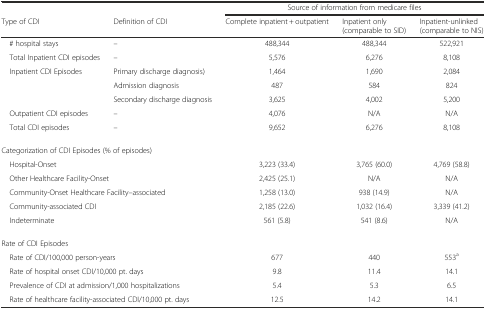
|  |  | <COLSPAN=3> Source of information from medicare files |
 | Type of CDI | Definition of CDI | Complete inpatient + outpatient | Inpatient only (comparable to SID) | Inpatient-unlinked (comparable to NIS) |
 | --- | --- | --- | --- | --- |
 | # hospital stays | – | 488,344 | 488,344 | 522,921 |
 | Total Inpatient CDI episodes | – | 5,576 | 6,276 | 8,108 |
 | <ROWSPAN=3> Inpatient CDI Episodes | Primary discharge diagnosis) | 1,464 | 1,690 | 2,084 |
 | Admission diagnosis | 487 | 584 | 824 |
 | Secondary discharge diagnosis | 3,625 | 4,002 | 5,200 |
 | Outpatient CDI episodes | – | 4,076 | N/A | N/A |
 | Total CDI episodes | – | 9,652 | 6,276 | 8,108 |
 | <COLSPAN=5> Categorization of CDI Episodes (% of episodes) |
 | <COLSPAN=2> Hospital-Onset | 3,223 (33.4) | 3,765 (60.0) | 4,769 (58.8) |
 | <COLSPAN=2> Other Healthcare Facility-Onset | 2,425 (25.1) | N/A | N/A |
 | <COLSPAN=2> Community-Onset Healthcare Facility–associated | 1,258 (13.0) | 938 (14.9) | N/A |
 | <COLSPAN=2> Community-associated CDI | 2,185 (22.6) | 1,032 (16.4) | 3,339 (41.2) |
 | <COLSPAN=2> Indeterminate | 561 (5.8) | 541 (8.6) | N/A |
 | <COLSPAN=5> Rate of CDI Episodes |
 | <COLSPAN=2> Rate of CDI/100,000 person-years | 677 | 440 | 553a |
 | <COLSPAN=2> Rate of hospital onset CDI/10,000 pt. days | 9.8 | 11.4 | 14.1 |
 | <COLSPAN=2> Prevalence of CDI at admission/1,000 hospitalizations | 5.4 | 5.3 | 6.5 |
 | <COLSPAN=2> Rate of healthcare facility-associated CDI/10,000 pt. days | 12.5 | 14.2 | 14.1 |